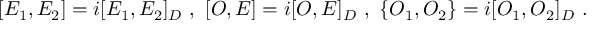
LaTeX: [ E _ { 1 } , E _ { 2 } ] = i [ E _ { 1 } , E _ { 2 } ] _ { D } ~ , ~ [ O , E ] = i [ O , E ] _ { D } ~ , ~ \{ O _ { 1 } , O _ { 2 } \} = i [ O _ { 1 } , O _ { 2 } ] _ { D } ~ .